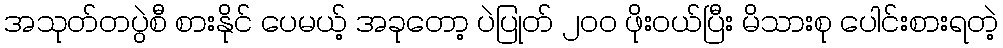
အသုတ်တပွဲစီ စားနိုင် ပေမယ့် အခုတော့ ပဲပြုတ် ၂၀၀ ဖိုးဝယ်ပြီး မိသားစု ပေါင်းစားရတဲ့